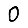
Digit: 0